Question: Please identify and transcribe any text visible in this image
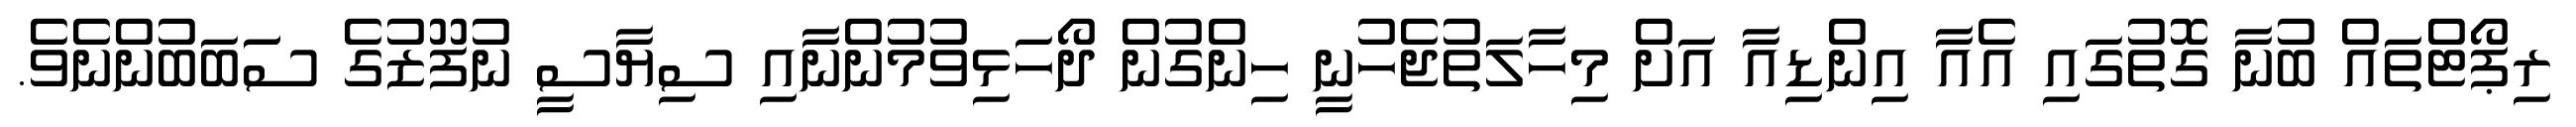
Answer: ރިޕޯޓްތައް ބުނާ ގޮތުގައި އެއާ އިންޑިއާ އަށް މިހާލަތުޖެހުނީ ހިންގުން ދޯހަޅިވުމުންނާއި ސިޔާސީ ނުފޫޒުގެ ސަަބަބުންނެވެ.